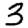
Digit: 3